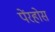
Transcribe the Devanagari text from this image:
पेंरहोस